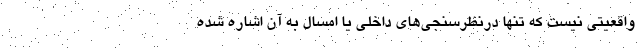
واقعیتی نیست که تنها درنظرسنجی‌های داخلی یا امسال به آن اشاره شده